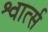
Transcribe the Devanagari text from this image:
श्वार्त्स